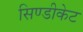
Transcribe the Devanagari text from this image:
सिण्डीकेट